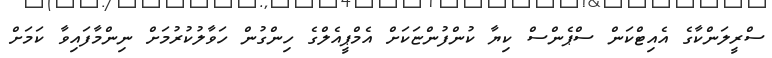
ސްރީލަންކާގެ އެއިޓްކަން ސްޕެންސް ކިޔާ ކުންފުންޏަކަށް އެމްޕީއެލްގެ ހިންގުން ހަވާލުކުރުމަށް ނިންމާފައިވާ ކަމަށް